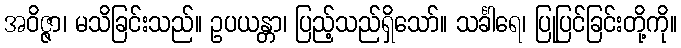
အဝိဇ္ဇာ၊ မသိခြင်းသည်။ ဥပယန္တာ၊ ပြည့်သည်ရှိသော်။ သင်္ခါရေ၊ ပြုပြင်ခြင်းတို့ကို။